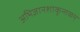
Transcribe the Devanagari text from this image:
अभिज्ञानशाकुन्तळम्